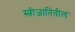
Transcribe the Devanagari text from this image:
स्त्रीजातितील